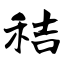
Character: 秸